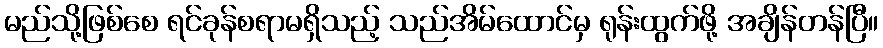
မည်သို့ဖြစ်စေ ရင်ခုန်စရာမရှိသည့် သည်အိမ်ထောင်မှ ရုန်းထွက်ဖို့ အချိန်တန်ပြီ။